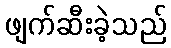
ဖျက်ဆီးခဲ့သည်